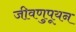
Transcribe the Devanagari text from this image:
जीवणुपूयन